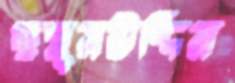
ছমুরউদ্দিন